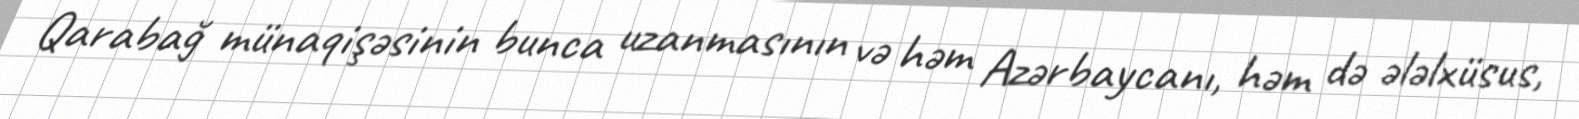
Qarabağ münaqişəsinin bunca uzanmasının və həm Azərbaycanı, həm də ələlxüsus,